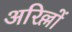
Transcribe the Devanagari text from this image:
अरिल्लों